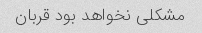
مشکلی نخواهد بود قربان